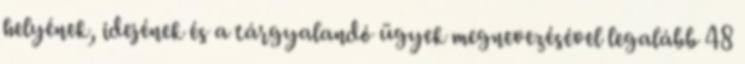
helyének, idejének és a tárgyalandó ügyek megnevezésével legalább 48